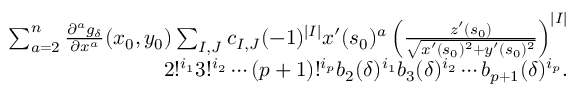
\begin{array} { r l r } & { } & { \sum _ { a = 2 } ^ { n } \frac { \partial ^ { a } g _ { \delta } } { \partial x ^ { a } } ( x _ { 0 } , y _ { 0 } ) \sum _ { I , J } c _ { I , J } ( - 1 ) ^ { | I | } x ^ { \prime } ( s _ { 0 } ) ^ { a } \left( \frac { z ^ { \prime } ( s _ { 0 } ) } { \sqrt { x ^ { \prime } ( s _ { 0 } ) ^ { 2 } + y ^ { \prime } ( s _ { 0 } ) ^ { 2 } } } \right) ^ { | I | } } \\ & { } & { 2 ! ^ { i _ { 1 } } 3 ! ^ { i _ { 2 } } \cdots ( p + 1 ) ! ^ { i _ { p } } b _ { 2 } ( \delta ) ^ { i _ { 1 } } b _ { 3 } ( \delta ) ^ { i _ { 2 } } \cdots b _ { p + 1 } ( \delta ) ^ { i _ { p } } . } \end{array}